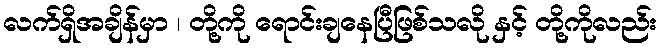
လက်ရှိအချိန်မှာ ၊ တို့ကို ရောင်းချနေပြီဖြစ်သလို နှင့် တို့ကိုလည်း